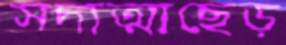
সদাত্মাছেড়